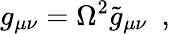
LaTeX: g_{\mu\nu}=\Omega^{2}\tilde{g}_{\mu\nu}\ \ ,